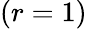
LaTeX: (r=1)